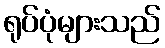
ရုပ်ပုံများသည်